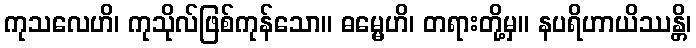
ကုသလေဟိ၊ ကုသိုလ်ဖြစ်ကုန်သော။ ဓမ္မေဟိ၊ တရားတို့မှ။ နပရိဟာယိဿန္တိ၊